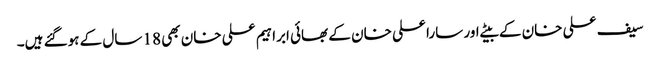
سیف علی خان کے بیٹے اور سارا علی خان کے بھائی ابراہیم علی خان بھی 18 سال کے ہوگئے ہیں۔